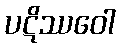
ပဋိဿဝေါ